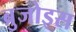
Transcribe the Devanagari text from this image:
ब्रुजोइस